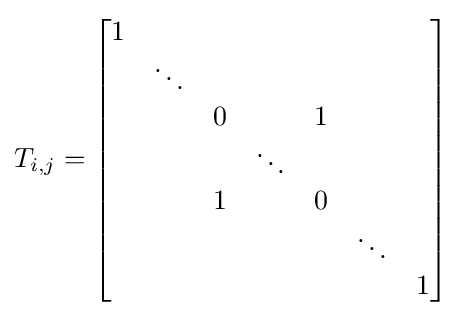
T_{i,j}={\begin{bmatrix}1&&&&&&\\&\ddots &&&&&\\&&0&&1&&\\&&&\ddots &&&\\&&1&&0&&\\&&&&&\ddots &\\&&&&&&1\end{bmatrix}}